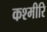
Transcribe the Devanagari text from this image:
कश्मीरि